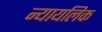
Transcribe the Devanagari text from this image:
न्यायलिक